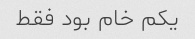
یکم خام بود فقط